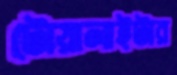
টোয়ালাইটার